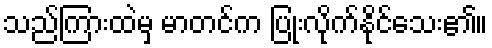
သည်ကြားထဲမှ မာတင်က ပြုံးလိုက်နိုင်သေး၏။